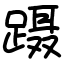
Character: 蹑